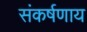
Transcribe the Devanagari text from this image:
संकर्षणाय